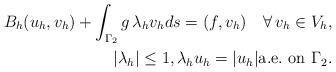
\begin{align*}B_h(u_h,v_h) + \int_{\Gamma_2} g\, \lambda_h v_h ds = (f,v_h) \quad\forall\,v_h\in V_h,\\|\lambda_h|\leq 1, \lambda_h u_h =|u_h| {\rm a.e.\ on}\ \Gamma_2.\end{align*}